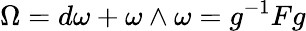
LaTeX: \Omega=d\omega+\omega\wedge\omega=g^{-1}Fg